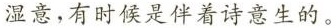
湿意，有时候是伴着诗意生的。